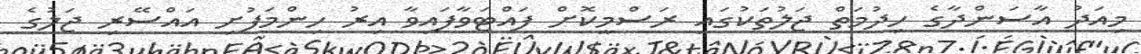
މިއަދު އާސަންދާގެ ހިދުމަތް ޖަލުތަކުގައި ރަސްމީކޮށް ފައްޓަވާފައިވާ އިރު ހިންމަފުށި އައްސޭރި ޖަލުގެ